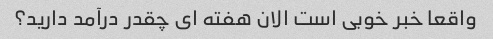
واقعا خبر خوبی است الان هفته ای چقدر درآمد دارید؟